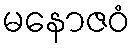
မနောဇဝံ